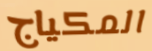
المكياج